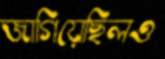
জাগিয়েছিলও